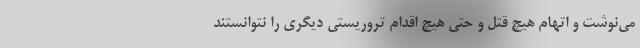
می‌نوشت و اتهام هیچ قتل و حتی هیچ اقدام تروریستی دیگری را نتوانستند